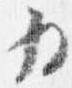
為